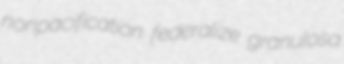
nonpacification federalize granulosa